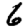
Digit: 6